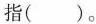
指()。